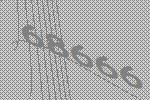
68666